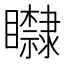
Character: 𥌿